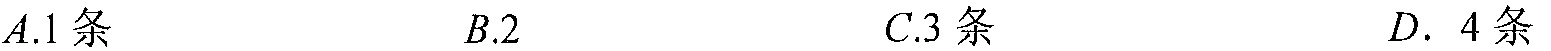
\(A.1条\)  \(\ \ \ \ \ \ \ \ \ \ \ \ \ \ \ \ B.2\)  \(\ \ \ \ \ \ \ \ \ \ \ \ \ \ \ \ C.3条\)  \(\ \ \ \ \ \ \ \ \ \ \ \ \ \ \ \ D. \ 4条\)